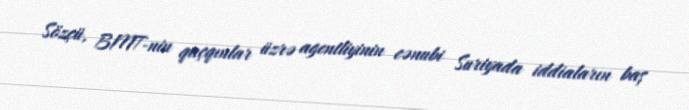
Sözçü, BMT-nin qaçqınlar üzrə agentliyinin cənubi Suriyada iddiaların baş